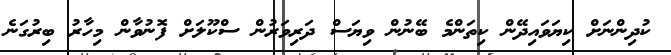
ކުދިންނަށް ކިޔަވައިދޭން ކިތަންމެ ބޭނުން ވިޔަސް ދަރިވަރުން ސްކޫލަށް ފޮނުވާން މިހާރު ބިރުގަނެ